Civil Veterinary Dept. Assam report 1927-50 - 1927-1950
Year: 1927
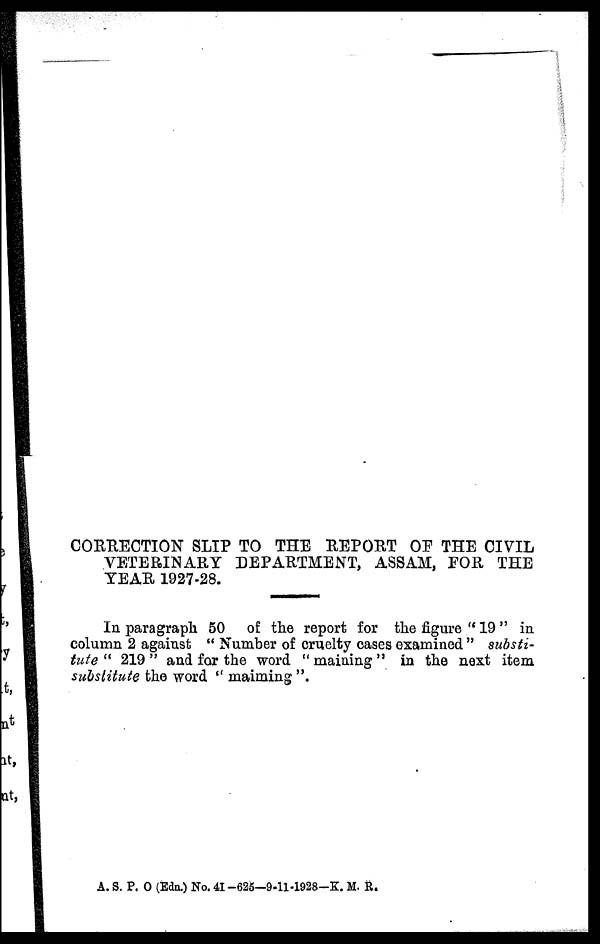
CORRECTION SLIP TO THE REPORT OF THE CIVIL
VETERINARY DEPARTMENT, ASSAM, FOR THE
YEAR 1927-28.
In paragraph 50 of the report for the figure " 19 " in
column 2 against " Number of cruelty cases examined " substi-
tute " 219 " and for the word " maining " in the next item
substitute the word " maiming".
A. S. P. O (Edn.) No. 41-625—9-11-1928-K. M. R.